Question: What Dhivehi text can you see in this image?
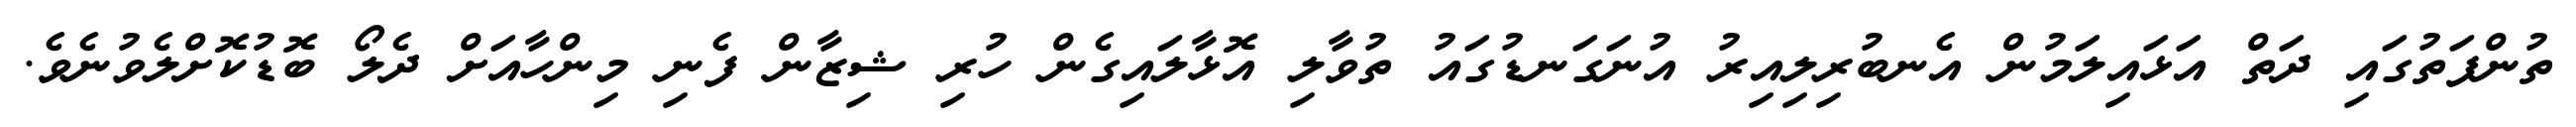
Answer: ތުންފަތުގައި ދަތް އަޅައިލަމުން އެނބުރިލިއިރު އުނަގަނޑުގައު ތުވާލި އޮޅާލައިގެން ހުރި ޝިޒާން ފެނި މިންހާއަށް ދެލޯ ބޮޑުކޮށްލެވުނެވެ.